Annual administration report of the Civil Veterinary Department of India - 1900-1901
Year: 1900
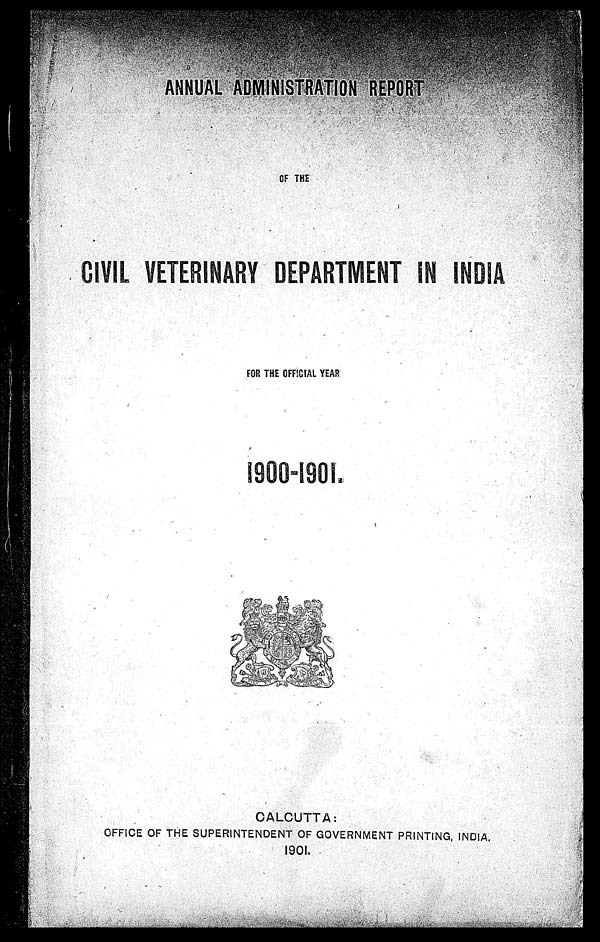
ANNUAL ADMINISTRATION REPORT
OF THE
CIVIL VETERINARY DEPARTMENT IN INDIA
FOR THE OFFICIAL YEAR
1900-1901.
CALCUTTA:
OFFICE OF THE SUPERINTENDENT OF GOVERNMENT PRINTING, INDIA,
1901.